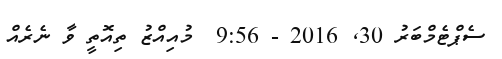
ސެޕްޓެމްބަރު 30